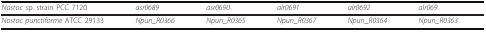
| Nostoc sp. strain PCC 7120 | asr0689 | asr0690 | alr0691 | alr0692 | alr069 |
 | --- | --- | --- | --- | --- | --- |
 | Nostoc punctiforme ATCC 29133 | Npun_R0366 | Npun_R0365 | Npun_R0367 | Npun_R0364 | Npun_R0363 |